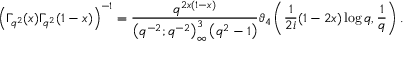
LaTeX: \left( \Gamma _ { q ^ { 2 } } ( x ) \Gamma _ { q ^ { 2 } } ( 1 - x ) \right) ^ { - 1 } = { \frac { q ^ { 2 x ( 1 - x ) } } { \left( q ^ { - 2 } ; q ^ { - 2 } \right) _ { \infty } ^ { 3 } \left( q ^ { 2 } - 1 \right) } } \vartheta _ { 4 } \left( { \frac { 1 } { 2 i } } ( 1 - 2 x ) \log q , { \frac { 1 } { q } } \right) .